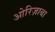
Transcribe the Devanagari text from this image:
ओरिज़ाबा